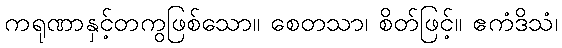
ကရုဏာနှင့်တကွဖြစ်သော။ စေတသာ၊ စိတ်ဖြင့်။ ဧကံဒိသံ၊